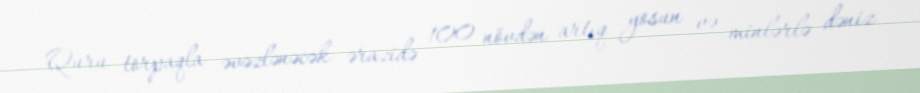
Quru torpaqla əvəzlənəcək ərazidə 100 növdən artıq yosun və minlərlə dəniz